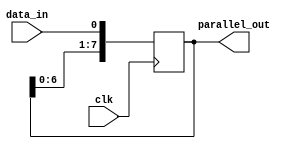
module sipo_register(
   input clk,
   input data_in,
   output reg [7:0] parallel_out
);

reg [7:0] shift_reg;

always @(posedge clk) begin
   shift_reg <= {shift_reg[6:0], data_in};
end

assign parallel_out = shift_reg;

endmodule